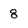
Character: 8